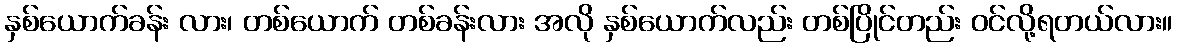
နှစ်ယောက်ခန်း လား၊ တစ်ယောက် တစ်ခန်းလား အလို နှစ်ယောက်လည်း တစ်ပြိုင်တည်း ဝင်လို့ရတယ်လား။